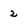
Character: 2